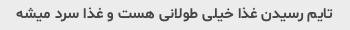
تایم رسیدن غذا خیلی طولانی هست و غذا سرد میشه